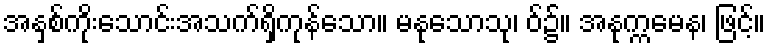
အနှစ်ကိုးသောင်းအသက်ရှိကုန်သော။ မနုသောသု၊ ဝ်၌။ အနုက္ကမေန၊ ဖြင့်။